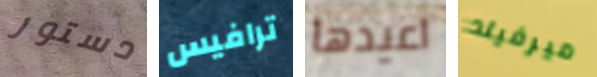
دستور ترافيس اعيدها ميرفيلد